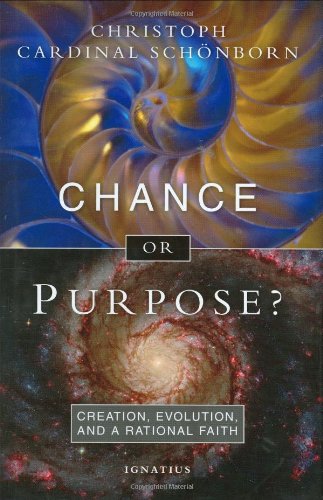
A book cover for Chance or Purpose? Creation, Evolution and a Rational Faith; Cardinal Christoph Schoenborn; Christian Books & Bibles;